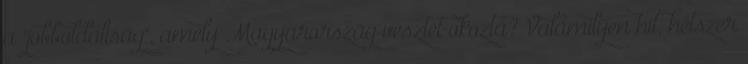
a "jobboldaliság", amely Magyarország vesztét okozta? Valamilyen hit, hétszer